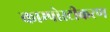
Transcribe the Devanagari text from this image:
काम्पोस्टीकरण